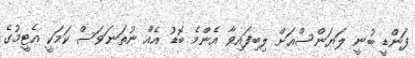
ފަންޑީ ބުނީ ލަޔަންސްއަށް ލިބިފައިވާ އެންމެ ބޮޑު އެއް ނުތަނަވަސް ކަމަކީ އެޓީމުގެ